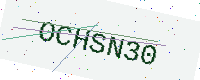
Text: OCHSN30